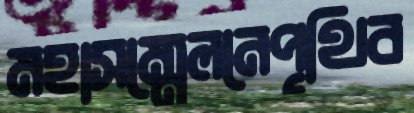
মহাসম্মেলনেপৃথিব